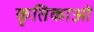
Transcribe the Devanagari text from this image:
कृतिकाओं